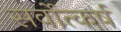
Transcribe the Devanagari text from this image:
सर्वोत्कर्ष